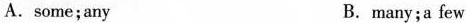
A.some;any B.many;a few